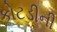
કોટડીની